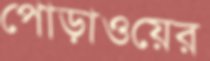
পোড়াওয়ের